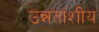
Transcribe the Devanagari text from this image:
उन्नतांशीय